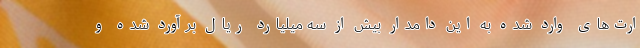
ارت‌های وارد شده به این دامدار بیش از سه میلیارد ریال برآورد شده و